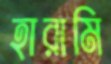
হারামি